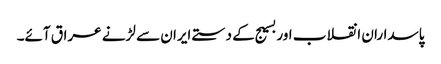
پاسداران انقلاب اور بسیج کے دستے ایران سے لڑنے عراق آئے۔